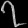
Digit: ၇